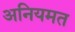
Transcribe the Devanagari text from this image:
अनियमत